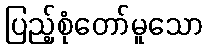
ပြည့်စုံတော်မူသော